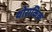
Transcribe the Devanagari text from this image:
थोराकिक